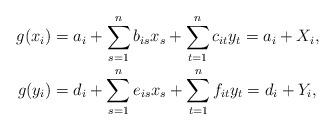
LaTeX: \begin{align*}g(x_i)&=a_i+ \sum_{s=1}^n b_{is} x_s+\sum_{t=1}^n c_{it}y_t=a_i+X_i,\\g(y_i)&=d_i+ \sum_{s=1}^n e_{is} x_s+\sum_{t=1}^n f_{it}y_t=d_i+Y_i,\end{align*}